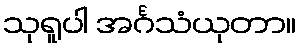
သုရူပါ အင်္ဂသံယုတာ။